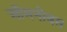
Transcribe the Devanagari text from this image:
ऒमनीबस